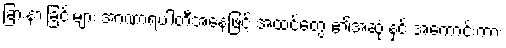
ခြားနားခြင်းများ အာဏာရပါတီအနေဖြင့် အထင်တွေ ၏အဆုံးနှင့် အကောင်းကား